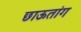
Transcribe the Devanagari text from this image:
छाऊतांग